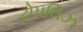
ટોપલિઝ